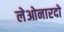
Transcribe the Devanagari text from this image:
लेओनारदो